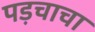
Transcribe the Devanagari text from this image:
पड़चाचा